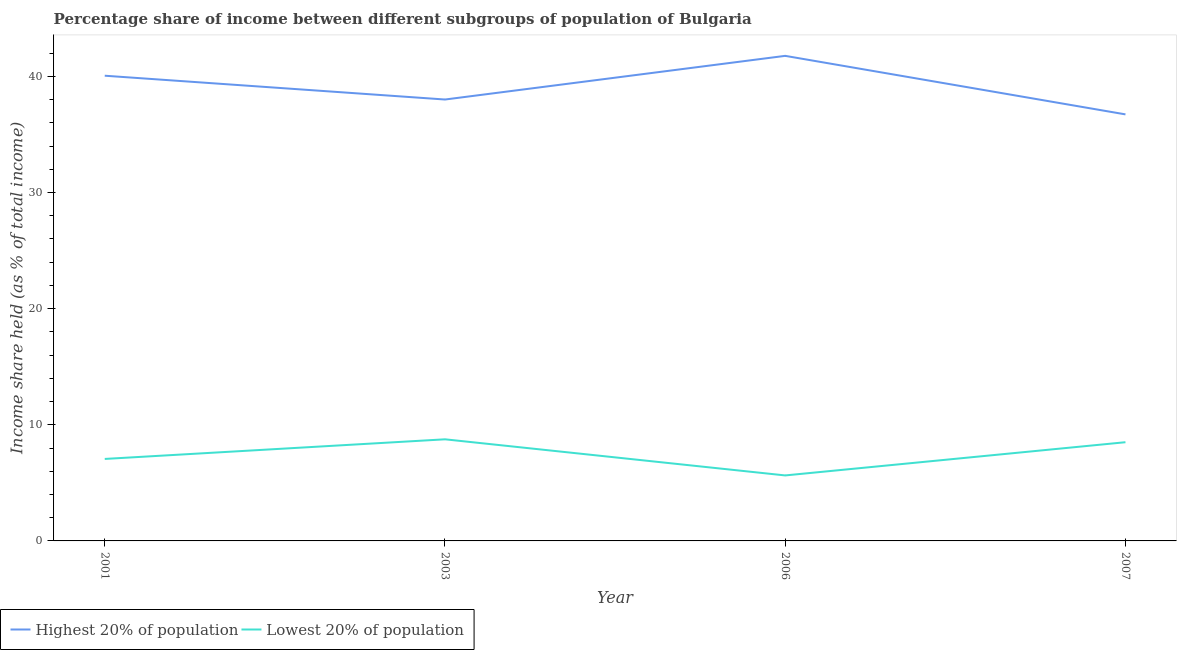
| Year | Highest 20% of population | Lowest 20% of population |
 | --- | --- | --- |
 | 2001 | 40.1 | 7.06 |
 | 2003 | 38 | 8.75 |
 | 2006 | 41.8 | 5.64 |
 | 2007 | 36.7 | 8.5 |